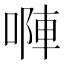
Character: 𠻆